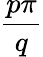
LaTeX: \frac{p\pi}{q}